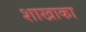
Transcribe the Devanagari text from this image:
शाखाका